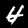
Label: 4